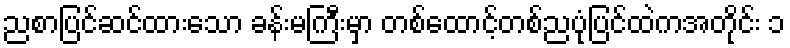
ညစာပြင်ဆင်ထားသော ခန်းမကြီးမှာ တစ်ထောင့်တစ်ညပုံပြင်ထဲကအတိုင်း ၁